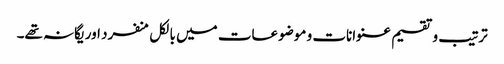
ترتیب و تقسیم عنوانات و موضوعات میں بالکل منفرد اور یگانہ تھے۔